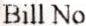
BILL NO